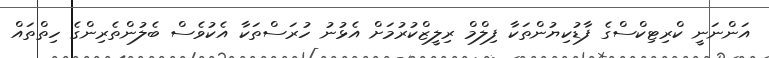
އަންނަނީ ކްރިޓިކްސްގެ ފާޑުކިޔުންތަކާ ފިލްމް ރިލީޒްކުރުމަށް އެޅުނު ހުރަސްތަކާ އެކުވެސް ބެލުންތެރިންގެ ހިތްތައް